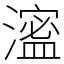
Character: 㵥